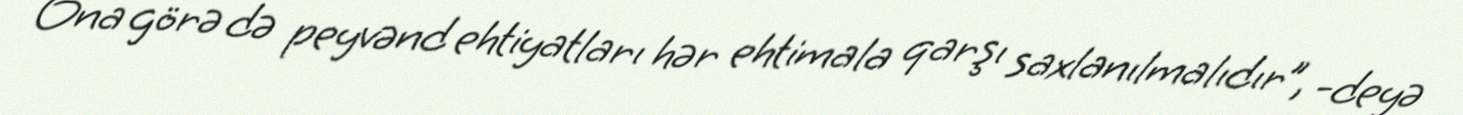
Ona görə də peyvənd ehtiyatları hər ehtimala qarşı saxlanılmalıdır”, -deyə